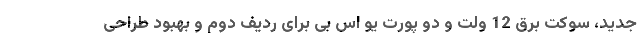
جدید، سوکت برق 12 ولت و دو پورت یو اس بی برای ردیف دوم و بهبود طراحی